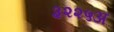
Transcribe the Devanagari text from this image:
३२२५अ